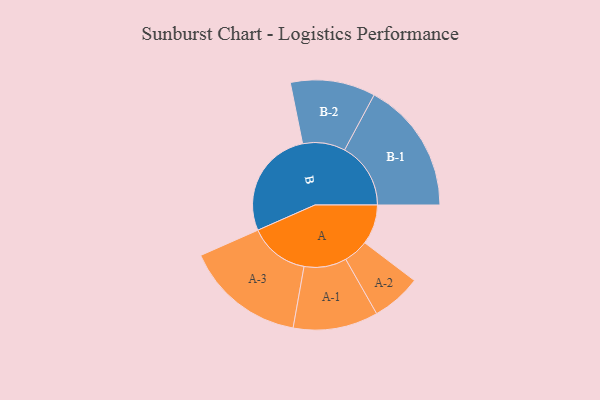
{"axis": {"x": "Segment", "y": "Value"}, "legend": ["", "A", "B"], "data": [{"x": "A", "y": 165, "type": ""}, {"x": "B", "y": 454, "type": ""}, {"x": "A-1", "y": 176, "type": "A"}, {"x": "A-2", "y": 103, "type": "A"}, {"x": "A-3", "y": 249, "type": "A"}, {"x": "B-1", "y": 274, "type": "B"}, {"x": "B-2", "y": 176, "type": "B"}]}